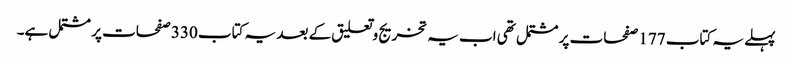
پہلے یہ کتاب 177 صفحات پر مشتمل تھی اب یہ تخریج وتعلیق کے بعد یہ کتاب 330 صفحات پر مشتمل ہے۔